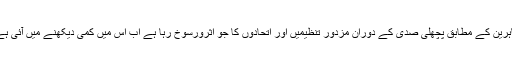
ماہرین کے مطابق پچھلی صدی کے دوران مزدور تنظیمیں اور اتحادوں کا جو اثرورسوخ رہا ہے اب اس میں کمی دیکھنے میں آئی ہے۔